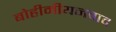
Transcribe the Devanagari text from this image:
बोहीमीयनवाद